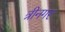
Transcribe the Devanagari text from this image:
त्रीनगर